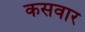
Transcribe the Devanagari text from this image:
कसवार